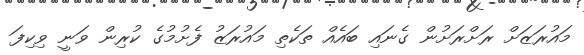
މައުރަޒަށް ރަށްރަށުން ގެނައި ބައެއް ތަކެތި މައުރަޒު ފެށުމުގެ ކުރިން ވަނީ ވިކިފަ